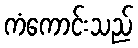
ကံကောင်းသည်